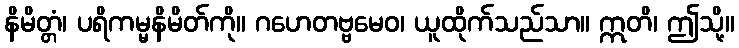
နိမိတ္တံ၊ ပရိကမ္မနိမိတ်ကို။ ဂဟေတဗ္ဗမေဝ၊ ယူထိုက်သည်သာ။ ဣတိ၊ ဤသို့။